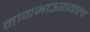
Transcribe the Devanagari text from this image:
नागभाऊरायाला